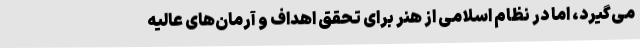
می‌گیرد، اما در نظام اسلامی از هنر برای تحقق اهداف و آرمان‌های عالیه